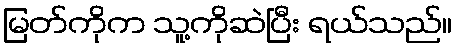
မြတ်ကိုက သူ့ကိုဆဲပြီး ရယ်သည်။